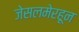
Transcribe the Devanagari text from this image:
जेसलमेरहून